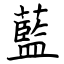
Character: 藍